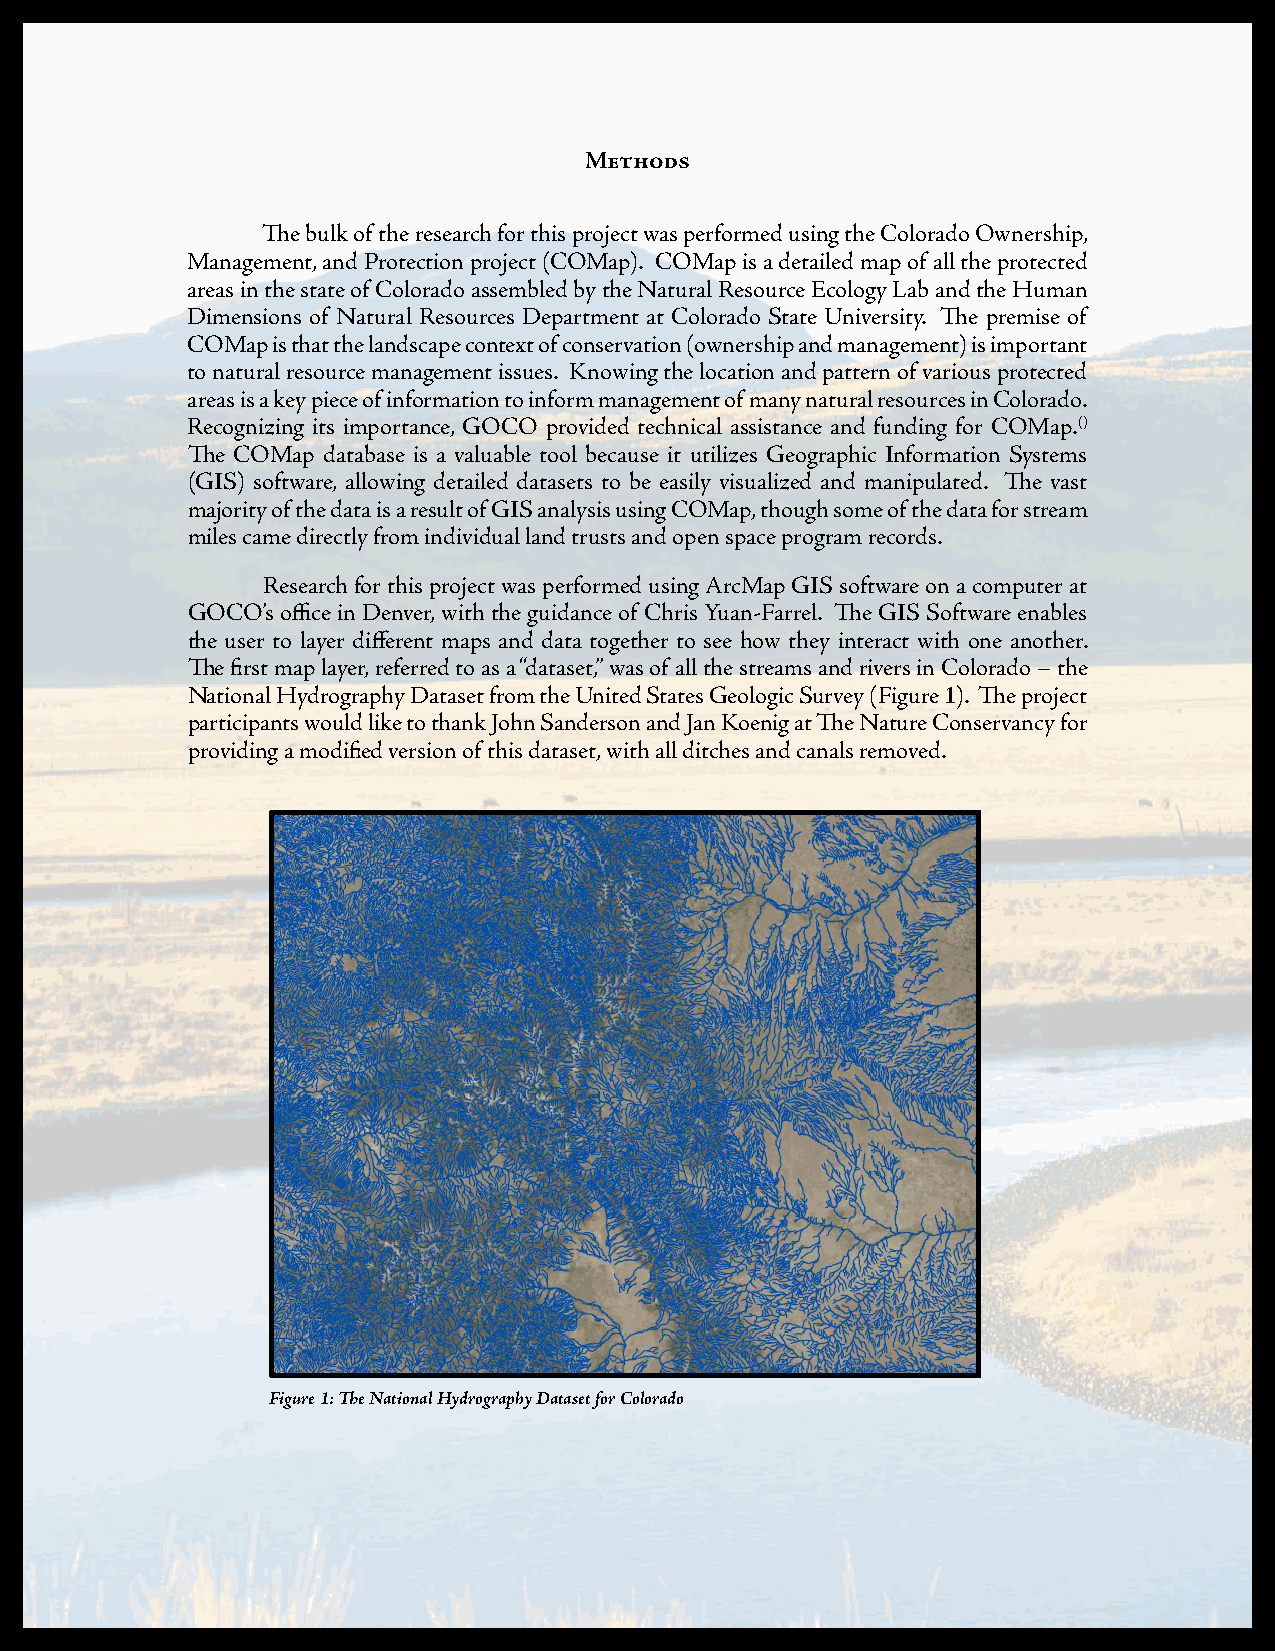
Methods
 The bulk of the research for this project was performed using the Colorado Ownership,
 Management, and Protection project (COMap). COMap is a detailed map of all the protected
 areas in the state of Colorado assembled by the Natural Resource Ecology Lab and the Human
 Dimensions of Natural Resources Department at Colorado State University. The premise of
 COMap is that the landscape context of conservation (ownership and management) is important
 to natural resource management issues. Knowing the location and pattern of various protected
 areas is a key piece of information to inform management of many natural resources in Colorado.
 Recognizing its importance, GOCO provided technical assistance and funding for COMap.()
 The COMap database is a valuable tool because it utilizes Geographic Information Systems
 (GIS) software, allowing detailed datasets to be easily visualized and manipulated. The vast
 majority of the data is a result of GIS analysis using COMap, though some of the data for stream
 miles came directly from individual land trusts and open space program records.
 Research for this project was performed using ArcMap GIS software on a computer at
 GOCO’s office in Denver, with the guidance of Chris Yuan-Farrel. The GIS Software enables
 the user to layer different maps and data together to see how they interact with one another.
 The first map layer, referred to as a “dataset,” was of all the streams and rivers in Colorado – the
 National Hydrography Dataset from the United States Geologic Survey (Figure 1). The project
 participants would like to thank John Sanderson and Jan Koenig at The Nature Conservancy for
 providing a modified version of this dataset, with all ditches and canals removed.
 Figure 1: The National Hydrography Dataset for Colorado